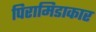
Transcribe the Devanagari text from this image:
पिरामिडाकार